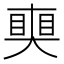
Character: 𥈜